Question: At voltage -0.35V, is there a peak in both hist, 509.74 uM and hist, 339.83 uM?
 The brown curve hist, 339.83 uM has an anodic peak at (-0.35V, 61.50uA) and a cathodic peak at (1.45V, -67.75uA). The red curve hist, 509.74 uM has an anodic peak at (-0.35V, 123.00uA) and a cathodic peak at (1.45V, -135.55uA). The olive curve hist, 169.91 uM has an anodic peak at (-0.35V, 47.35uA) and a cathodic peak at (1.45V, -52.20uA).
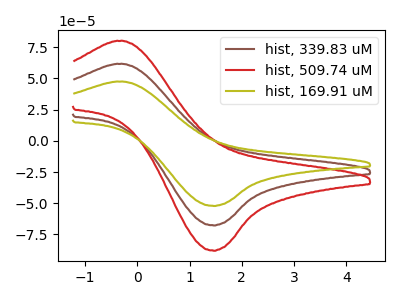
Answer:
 <answer>Yes, "hist, 509.74 uM" and "hist, 339.83 uM" share a peak at -0.35V.</answer>
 <eval>match</eval>